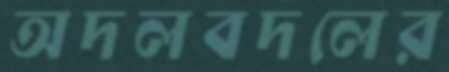
অদলবদলের